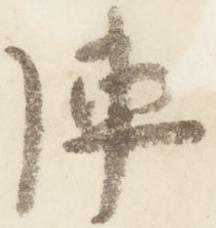
陣